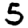
Digit: 5